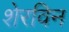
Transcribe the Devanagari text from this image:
शेरविन